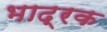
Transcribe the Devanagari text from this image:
भाद्रक